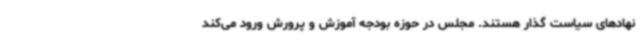
نهادهای سیاست گذار هستند. مجلس در حوزه بودجه آموزش و پرورش ورود می‌کند